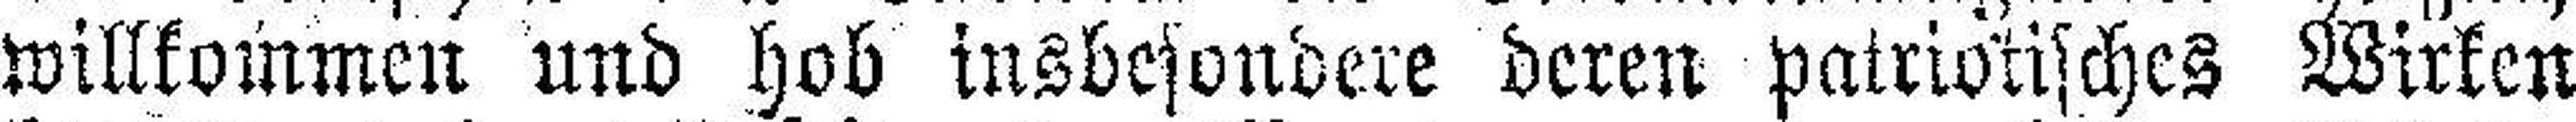
willkommen und hob insbesondere deren patriotisches Wirken